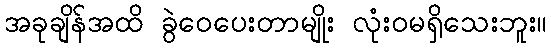
အခုချိန်အထိ ခွဲဝေပေးတာမျိုး လုံးဝမရှိသေးဘူး။